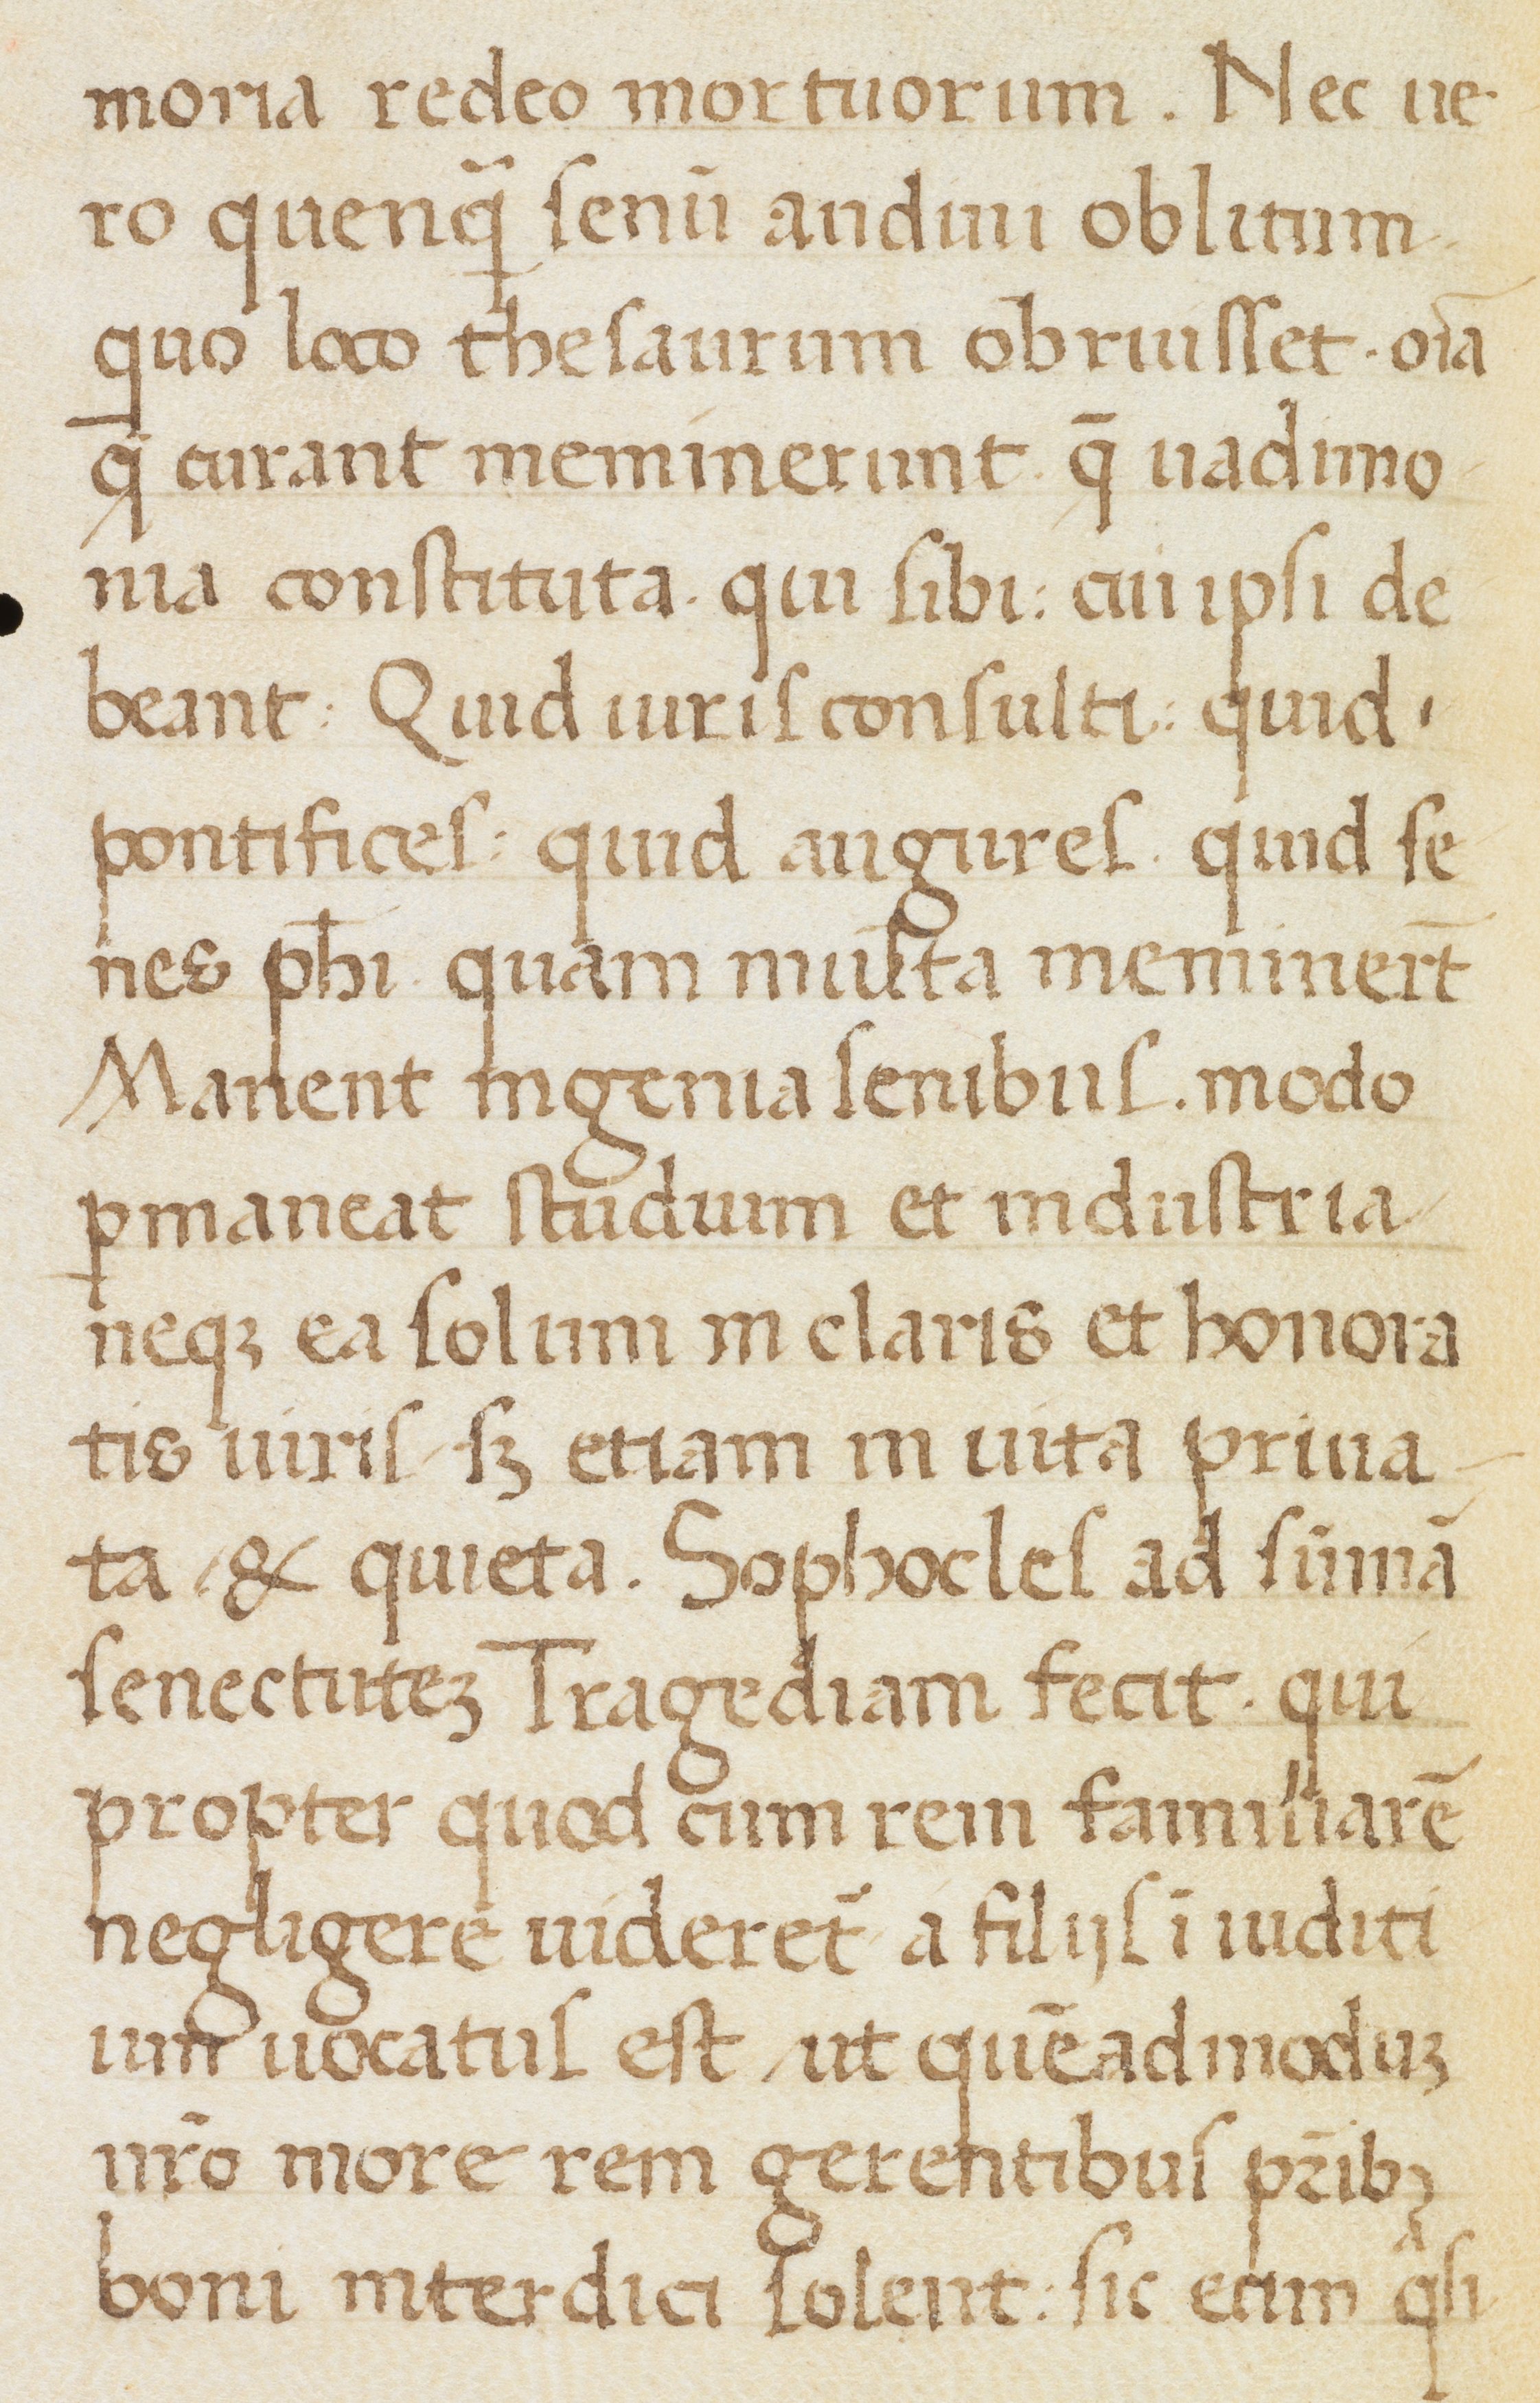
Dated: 1400–1499